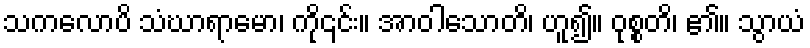
သကလောပိ သံဃာရာမော၊ ကို၎င်း။ အာဝါသောတိ၊ ဟူ၍။ ဝုစ္စတိ၊ ၏။ သွာယံ